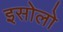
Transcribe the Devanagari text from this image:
इसोलो